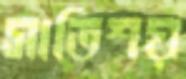
সাতিশয়